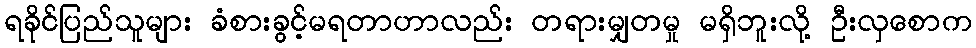
ရခိုင်ပြည်သူများ ခံစားခွင့်မရတာဟာလည်း တရားမျှတမှု မရှိဘူးလို့ ဦးလှစောက